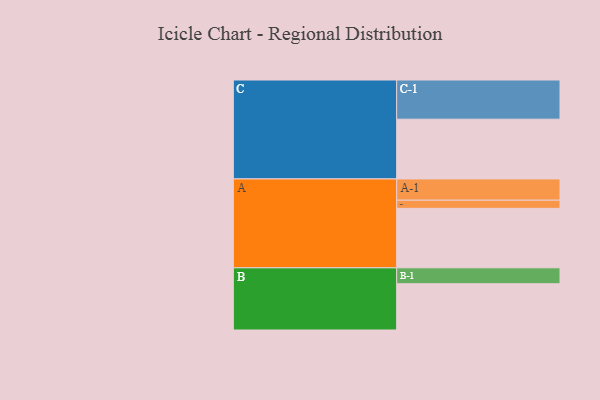
{"axis": {"x": "Segment", "y": "Value"}, "legend": ["", "A", "B", "C"], "data": [{"x": "A", "y": 414, "type": ""}, {"x": "B", "y": 322, "type": ""}, {"x": "C", "y": 416, "type": ""}, {"x": "A-1", "y": 148, "type": "A"}, {"x": "A-2", "y": 57, "type": "A"}, {"x": "B-1", "y": 111, "type": "B"}, {"x": "C-1", "y": 273, "type": "C"}]}